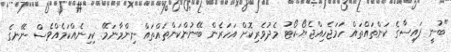
"ބުނީ ފައިސާގެ ކަންތައްތައް ހަމަޖެހިއްޖެޔޯ..ކޯޓު މެދުވެރިކޮށް އަހަރެން ބޭނުންކަންތައްތައް ނިންމާނަމޭ. ކިހިނެއްކަމެއްވެސް ނޭނގެ